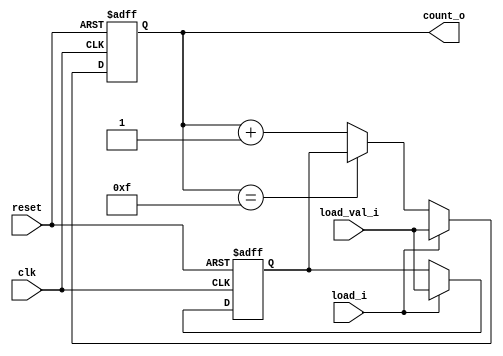
module day10 (
    input clk,
    input reset,
    input load_i,
    input [3:0] load_val_i,
    output reg [3:0] count_o
);
     reg[3:0] load_to_ff;
     reg[3:0] count_to_ff,nxt_count;

    always @(posedge clk or posedge reset) begin
        if (reset) begin
            load_to_ff <= 4'b0000;
            count_to_ff <= 4'b0000;
        end else if (load_i) begin
            load_to_ff <= load_val_i;
            count_to_ff <= nxt_count;
        end else
                count_to_ff <= nxt_count;
    end

  assign nxt_count = load_i ? load_val_i :
                              (count_to_ff == 4'b1111) ? load_to_ff :
                              count_to_ff + 4'b0001;

  assign count_o = count_to_ff;

endmodule